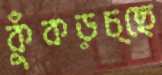
কুঁকড়চ্ছে